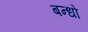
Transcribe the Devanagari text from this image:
बन्धो